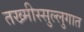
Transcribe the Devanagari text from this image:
तख्मीस्सुल्लुगात